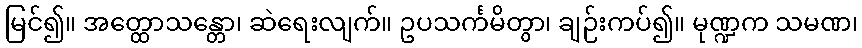
မြင်၍။ အတ္ထောသန္တော၊ ဆဲရေးလျက်။ ဥပသင်္ကမိတွာ၊ ချဉ်းကပ်၍။ မုဏ္ဍက သမဏ၊